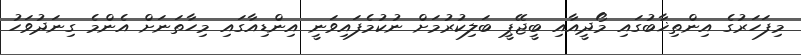
މިފަހަރުގެ އިންތިޚާބުގައި މޯދީއާއި ބީޖޭޕީ ބަލިކުރުމަށް ނުކުމެފައިވަނީ އިންޑިއާގައި މިހާތަނަށް އެންމެ ގިނަދުވަހު